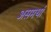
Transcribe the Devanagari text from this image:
असमर्था